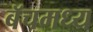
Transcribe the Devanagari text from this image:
बॅचमध्य